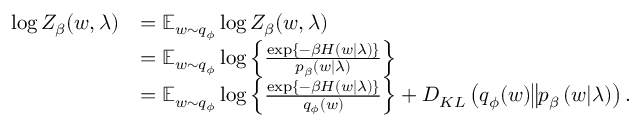
\begin{array} { r l } { \log Z _ { \beta } ( w , \lambda ) } & { = \operatorname { \mathbb { E } } _ { w \sim q _ { \phi } } \log Z _ { \beta } ( w , \lambda ) } \\ & { = \operatorname { \mathbb { E } } _ { w \sim q _ { \phi } } \log \left\{ \frac { \exp \left\{ - \beta H \left( w | \lambda \right) \right\} } { p _ { \beta } \left( w \vert \lambda \right) } \right\} } \\ & { = \operatorname { \mathbb { E } } _ { w \sim q _ { \phi } } \log \left\{ \frac { \exp \left\{ - \beta H \left( w \vert \lambda \right) \right\} } { q _ { \phi } ( w ) } \right\} + D _ { K L } \left( q _ { \phi } ( w ) \big \Vert p _ { \beta } \left( w \vert \lambda \right) \right) . } \end{array}